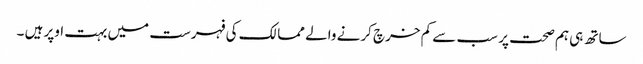
ساتھ ہی ہم صحت پر سب سے کم خرچ کرنے والے ممالک کی فہرست میں بہت اوپر ہیں ۔